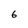
Character: 6